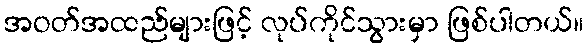
အဝတ်အထည်များဖြင့် လုပ်ကိုင်သွားမှာ ဖြစ်ပါတယ်။